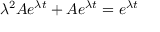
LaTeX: \lambda ^ { 2 } A e ^ { \lambda t } + A e ^ { \lambda t } = e ^ { \lambda t }